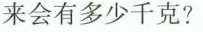
来会有多少千克?